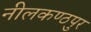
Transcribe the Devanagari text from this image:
नीलकण्ठपुर